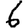
Digit: 6